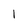
Character: l